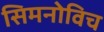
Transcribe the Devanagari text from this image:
सिमनोविच